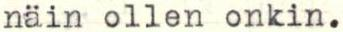
näin ollen onkin.